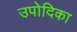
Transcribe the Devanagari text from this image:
उपोदिका